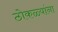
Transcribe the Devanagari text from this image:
ठोकळ्यांना